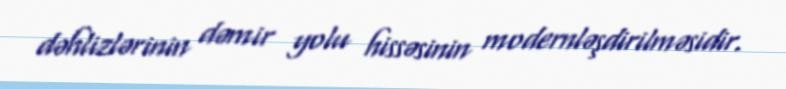
dəhlizlərinin dəmir yolu hissəsinin modernləşdirilməsidir.